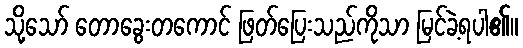
သို့သော် တောခွေးတကောင် ဖြတ်ပြေးသည်ကိုသာ မြင်ခဲ့ရပါ၏။